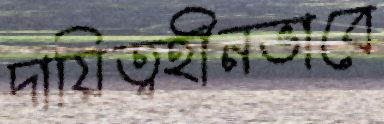
দায়িত্বহীনভাবে